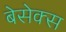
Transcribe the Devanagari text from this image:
बेसेक्स